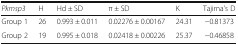
<table><thead><tr><td><b><i>Pkmsp3</i></b></td><td><b>H</b></td><td><b>Hd ± SD</b></td><td><b>π ± SD</b></td><td><b>K</b></td><td><b>Tajima’s D</b></td></tr></thead><tbody><tr><td>Group 1</td><td>26</td><td>0.993 ± 0.011</td><td>0.02276 ± 0.00167</td><td>24.31</td><td>−0.81373</td></tr><tr><td>Group 2</td><td>19</td><td>0.995 ± 0.018</td><td>0.02418 ± 0.00226</td><td>25.37</td><td>−0.46858</td></tr></tbody></table>